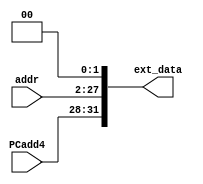
`timescale 1ns / 1ps
//////////////////////////////////////////////////////////////////////////////////
// Company: 
// Engineer: 
// 
// Design Name: 
// Module Name: Ext_for_Jump
// Project Name: 
// Target Devices: 
// Tool Versions: 
// Description: 
// 
// Dependencies: 
// 
// Revision:
// Revision 0.01 - File Created
// Additional Comments:
// 
//////////////////////////////////////////////////////////////////////////////////


module Ext_for_Jump(PCadd4, addr, ext_data);
    input [31:28]PCadd4;
    input [25:0]addr;
    output reg [31:0]ext_data;

    always@(PCadd4 or addr) begin
        ext_data = {PCadd4, addr, 2'b00};
    end
endmodule